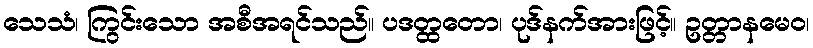
သေသံ၊ ကြွင်းသော အစီအရင်သည်။ ပဒတ္ထတော၊ ပုဒ်နက်အားဖြင့်။ ဥတ္တာနမေဝ၊